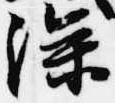
深